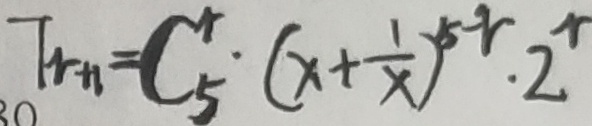
T _ { r + 1 } = C ^ { r } _ { 5 } \cdot ( x + \frac { 1 } { x } ) ^ { 5 - r } \cdot 2 ^ { r }